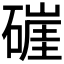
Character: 𰧛